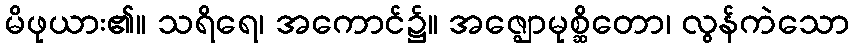
မိဖုယား၏။ သရိရေ၊ အကောင်၌။ အဇ္ဈောမုစ္ဆိတော၊ လွန်ကဲသော